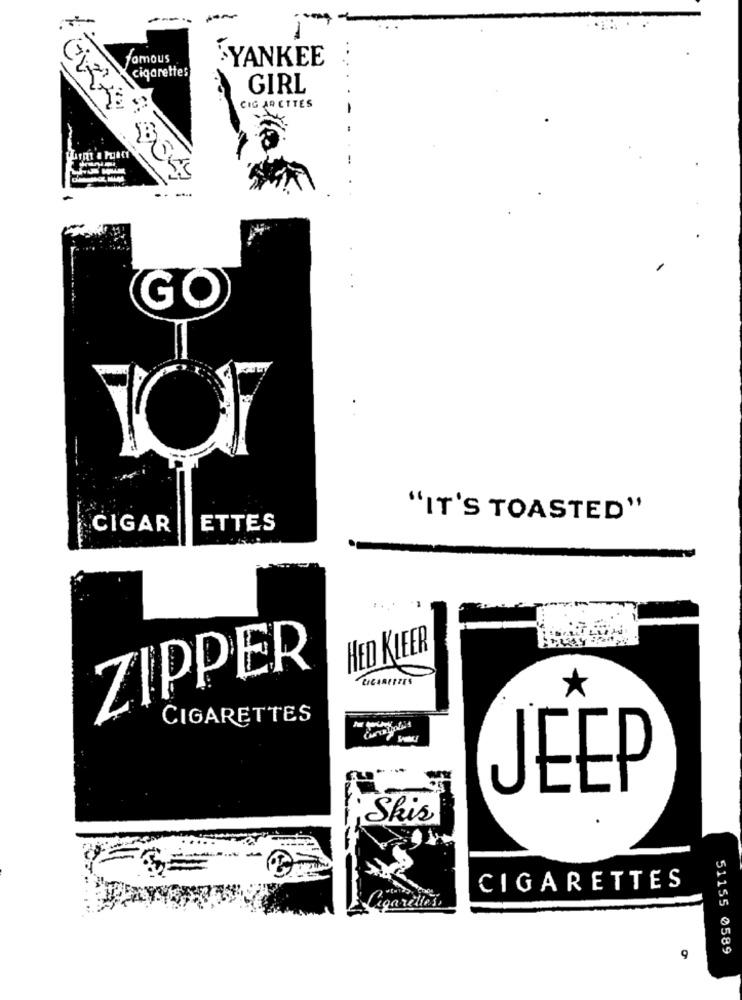
famous
YANKEE
cigarettes
GIRL
CIG AR CTTES
GO
"IT'S TOASTED"
CIGAR
ETTES
HED KLEER
ZIPPER
CIGARETTES
CIGARETTES
JEEP
Shis
CIGARETTES
Ligarellos,
51155 0589
9